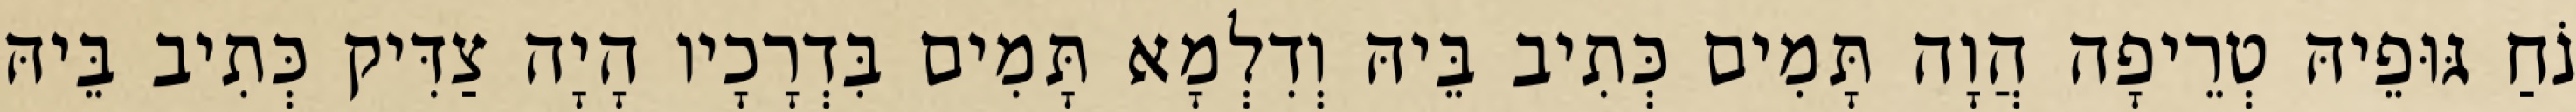
נֹחַ גּוּפֵיהּ טְרֵיפָה הֲוָה תָּמִים כְּתִיב בֵּיהּ וְדִלְמָא תָּמִים בִּדְרָכָיו הָיָה צַדִּיק כְּתִיב בֵּיהּ